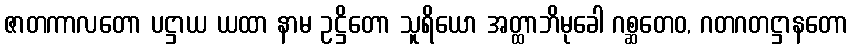
ဇာတကာလတော ပဋ္ဌာယ ယထာ နာမ ဥဋ္ဌိတော သူရိယော အတ္ထာဘိမုခေါ ဂစ္ဆတေဝ, ဂတဂတဋ္ဌာနတော